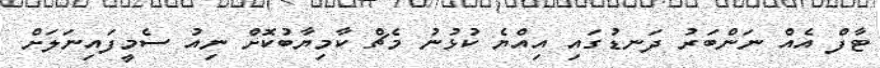
ޓާފް އެއް ނަންބަރު ދަނޑުގައި އިއްޔެ ކުޅުނު މެޗް ކާމިޔާބުކޮށް ނިއު ސެމީފައިނަލަށް